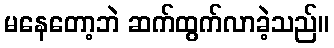
မနေတော့ဘဲ ဆက်ထွက်လာခဲ့သည်။